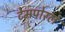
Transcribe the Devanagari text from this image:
टेमपोरल